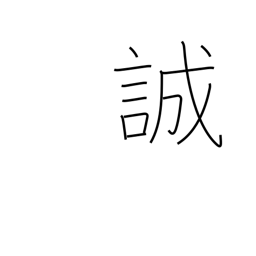
Meaning: warn